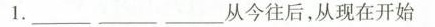
1.____________从今往后，从现在开始